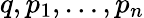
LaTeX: q,p_{1},\ldots,p_{n}